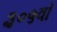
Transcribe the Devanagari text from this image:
३०५वाँ